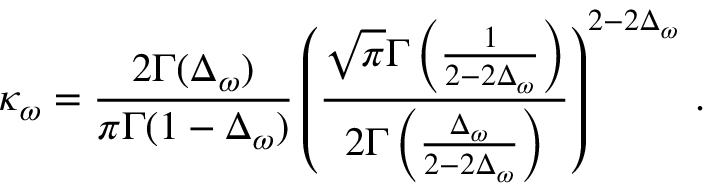
\kappa _ { \omega } = \frac { 2 \Gamma ( \Delta _ { \omega } ) } { \pi \Gamma ( 1 - \Delta _ { \omega } ) } \left( \frac { \sqrt { \pi } \Gamma \left( \frac { 1 } { 2 - 2 \Delta _ { \omega } } \right) } { 2 \Gamma \left( \frac { \Delta _ { \omega } } { 2 - 2 \Delta _ { \omega } } \right) } \right) ^ { 2 - 2 \Delta _ { \omega } } \, .